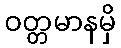
ဝတ္တမာနမှိ